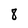
Character: 8